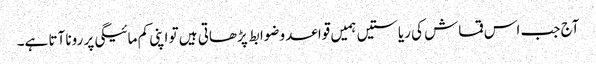
آج جب اس قماش کی ریاستیں ہمیں قواعد وضوابط پڑھاتی ہیں تو اپنی کم مائیگی پر رونا آتا ہے۔